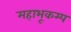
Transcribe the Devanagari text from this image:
महाभूकम्प